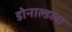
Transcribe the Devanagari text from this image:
डोनाल्डला